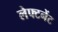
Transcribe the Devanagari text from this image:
लेफ्टनेंट